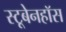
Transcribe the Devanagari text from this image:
स्टूबेनहॉस